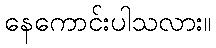
နေကောင်းပါသလား။